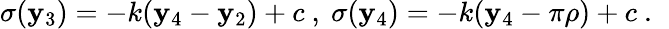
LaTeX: \sigma(\mathbf{y}_{3})=-k(\mathbf{y}_{4}-\mathbf{y}_{2})+c~,~\sigma(\mathbf{y}_{4})=-k(\mathbf{y}_{4}-\pi\rho)+c~.~\,